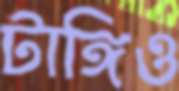
টাঙ্গিও